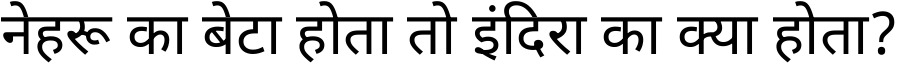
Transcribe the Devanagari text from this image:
नेहरू का बेटा होता तो इंदिरा का क्या होता?